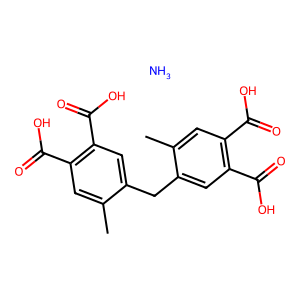
SMILES: Cc1cc(C(=O)O)c(C(=O)O)cc1Cc1cc(C(=O)O)c(C(=O)O)cc1C.N
Inhibits HIV replication: No